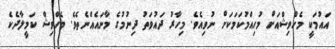
އައުމަކީ މެހްވިޝްއަށް މުހިއްމުކަމަކަށް ނުވިއެވެ. މިހާރު ދައުވަތު ދިނުމުގެ މާނައެއްނެތެވެ. މެހްވިޝް ކަމީލާދެކެ